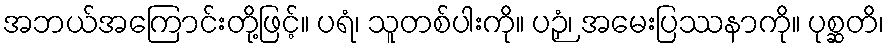
အဘယ်အကြောင်းတို့ဖြင့်။ ပရံ၊ သူတစ်ပါးကို။ ပဉှံ၊ အမေးပြဿနာကို။ ပုစ္ဆတိ၊